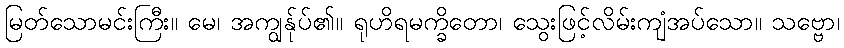
မြတ်သောမင်းကြီး။ မေ၊ အကျွန်ုပ်၏။ ရုဟိရမက္ခိတော၊ သွေးဖြင့်လိမ်းကျံအပ်သော။ သဗ္ဗော၊